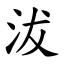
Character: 沷